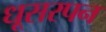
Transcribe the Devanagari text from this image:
धूसरपन